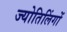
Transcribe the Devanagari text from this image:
ज्योतिलिंगों